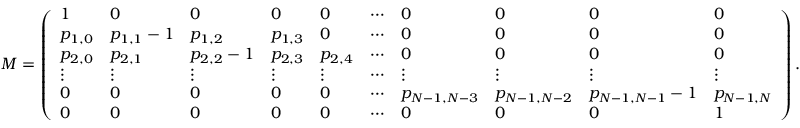
M = \left( \begin{array} { l l l l l l l l l l } { 1 } & { 0 } & { 0 } & { 0 } & { 0 } & { \cdots } & { 0 } & { 0 } & { 0 } & { 0 } \\ { p _ { 1 , 0 } } & { p _ { 1 , 1 } - 1 } & { p _ { 1 , 2 } } & { p _ { 1 , 3 } } & { 0 } & { \cdots } & { 0 } & { 0 } & { 0 } & { 0 } \\ { p _ { 2 , 0 } } & { p _ { 2 , 1 } } & { p _ { 2 , 2 } - 1 } & { p _ { 2 , 3 } } & { p _ { 2 , 4 } } & { \cdots } & { 0 } & { 0 } & { 0 } & { 0 } \\ { \vdots } & { \vdots } & { \vdots } & { \vdots } & { \vdots } & { \cdots } & { \vdots } & { \vdots } & { \vdots } & { \vdots } \\ { 0 } & { 0 } & { 0 } & { 0 } & { 0 } & { \cdots } & { p _ { N - 1 , N - 3 } } & { p _ { N - 1 , N - 2 } } & { p _ { N - 1 , N - 1 } - 1 } & { p _ { N - 1 , N } } \\ { 0 } & { 0 } & { 0 } & { 0 } & { 0 } & { \cdots } & { 0 } & { 0 } & { 0 } & { 1 } \end{array} \right) .